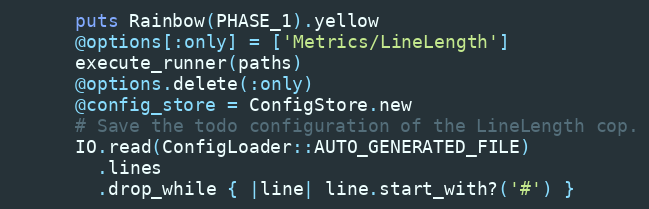
Language: Ruby
      puts Rainbow(PHASE_1).yellow
      @options[:only] = ['Metrics/LineLength']
      execute_runner(paths)
      @options.delete(:only)
      @config_store = ConfigStore.new
      # Save the todo configuration of the LineLength cop.
      IO.read(ConfigLoader::AUTO_GENERATED_FILE)
        .lines
        .drop_while { |line| line.start_with?('#') }